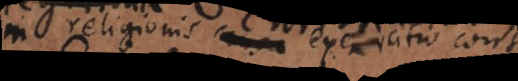
in religionis exercitio co